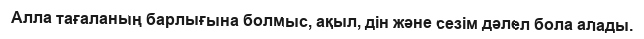
Алла тағаланың барлығына болмыс, ақыл, дін және сезім дәлел бола алады.